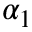
\alpha _ { 1 }